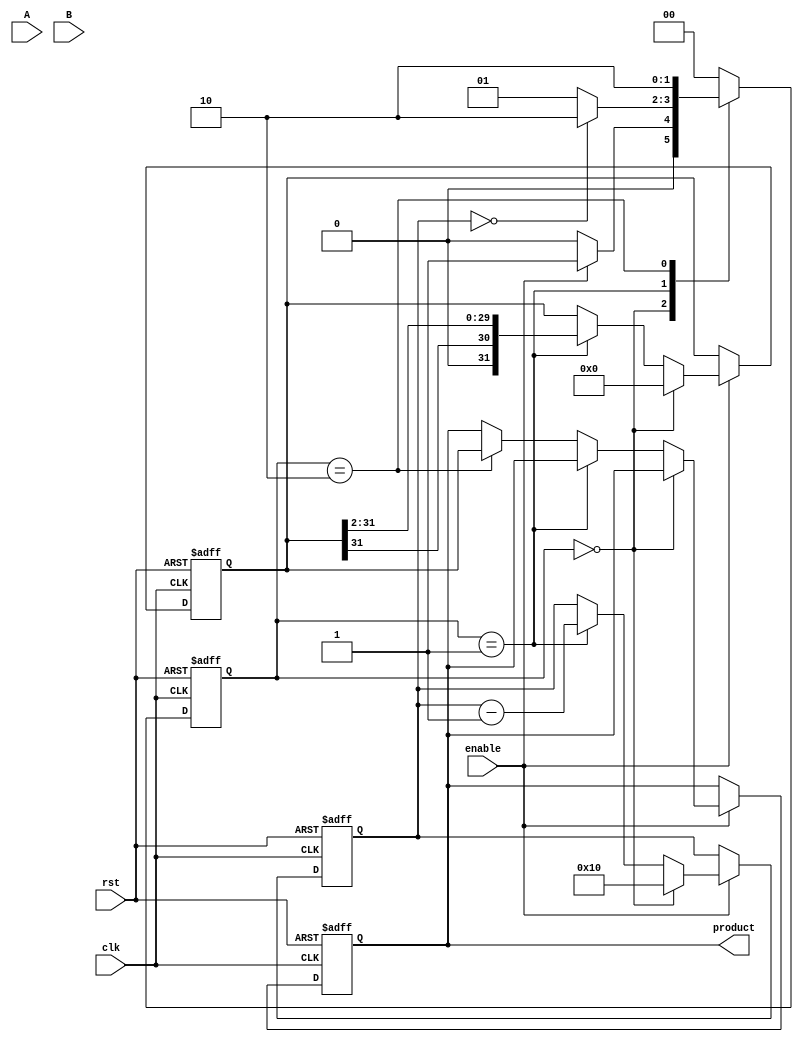
module ModifiedBoothMultiplier (
    input wire clk,
    input wire rst,
    input wire enable,
    input wire signed [15:0] A, // Multiplicand
    input wire signed [15:0] B, // Multiplier
    output reg signed [31:0] product // Product
);

    // Internal Registers
    reg signed [15:0] M; // Multiplicand Register
    reg signed [15:0] Q; // Multiplier Register
    reg signed [31:0] Acc; // Accumulator Register
    reg [4:0] count; // Count Register

    // States
    localparam IDLE = 2'b00;
    localparam PROCESS = 2'b01;
    localparam DONE = 2'b10;

    reg [1:0] state, next_state;
    reg Q_minus_1; // Previous bit of Q

    // Control Logic
    always @(posedge clk or posedge rst) begin
        if (rst) begin
            state <= IDLE;
        end else begin
            state <= next_state;
        end
    end

    always @(*) begin
        case (state)
            IDLE: begin
                if (enable) 
                    next_state = PROCESS;
                else 
                    next_state = IDLE;
            end
            PROCESS: begin
                if (count == 0)
                    next_state = DONE;
                else
                    next_state = PROCESS;
            end
            DONE: begin
                next_state = DONE; // Stay in DONE state
            end
            default: next_state = IDLE;
        endcase
    end

    // Register Initialization and Operations
    always @(posedge clk or posedge rst) begin
        if (rst) begin
            M <= 16'b0;
            Q <= 16'b0;
            Acc <= 32'b0;
            count <= 5'd16; // Assuming 16 bits for A and B
            Q_minus_1 <= 1'b0;
            product <= 32'b0;
        end else if (enable) begin
            if (state == IDLE) begin
                // Initialize registers
                M <= A;
                Q <= B;
                Acc <= 32'b0;
                count <= 5'd16; // Bit length
                Q_minus_1 <= 1'b0; // Previous bit
            end else if (state == PROCESS) begin
                case ({Q[0], Q_minus_1})
                    2'b00: begin
                        // No operation
                    end
                    2'b01: begin
                        // Add M to Acc
                        Acc <= Acc + {16'b0, M}; 
                    end
                    2'b10: begin
                        // Subtract M from Acc
                        Acc <= Acc - {16'b0, M}; 
                    end
                    2'b11: begin
                        // No operation
                    end
                endcase

                // Shift Right
                Q_minus_1 <= Q[0]; // Update previous bit
                {Acc, Q} <= {Acc[31], Acc[31:1], Q[15:1]}; // Shift right with sign extension
                count <= count - 1; // Decrement count
            end else if (state == DONE) begin
                product <= Acc; // Output the product
            end
        end
    end

endmodule